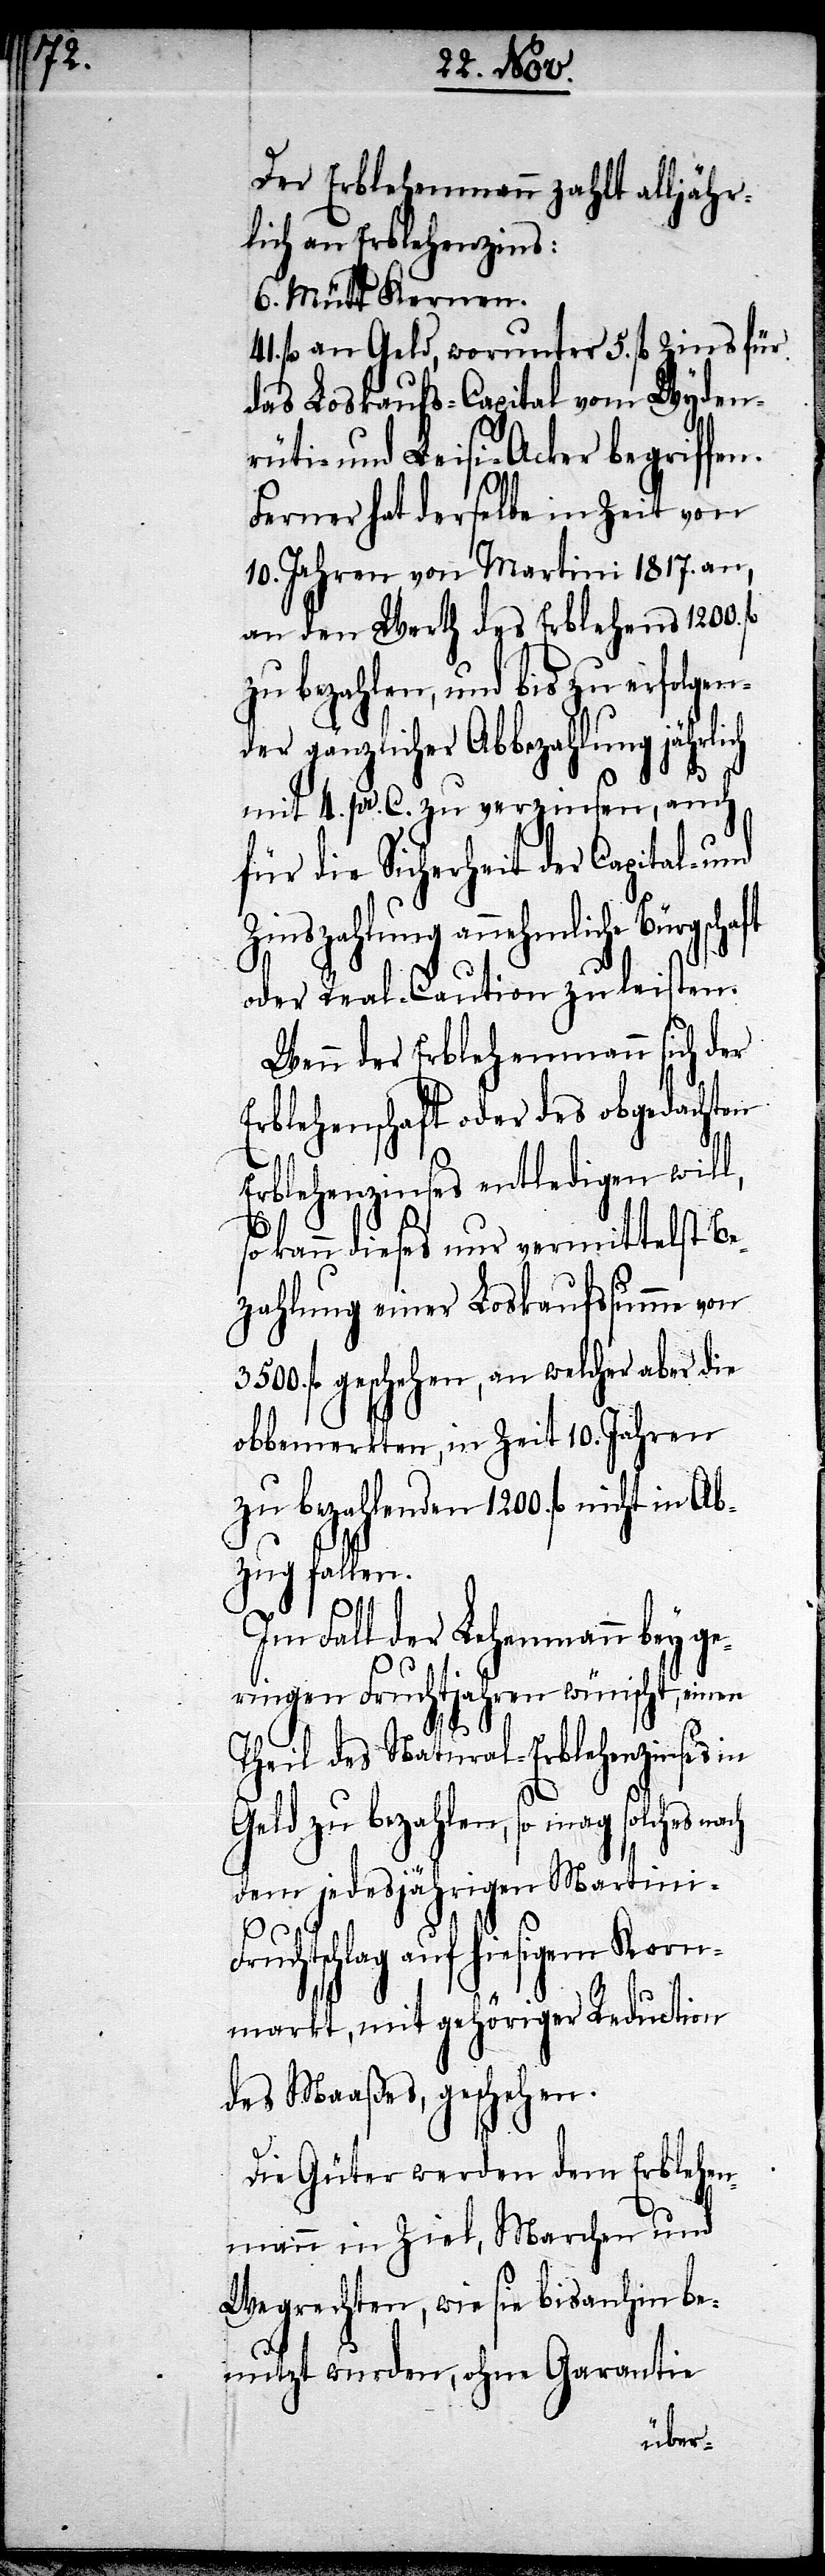
41.

Der Erblehenmann zahlt alljähr¬
lich an Erblehenzins:
6. Mütt Kernen.
fl. an Geld, worunter 5. fl. Zins für
das Loskaufs-Capital vom Wyden¬
und die Leisi-Acker begriffen.
Ferner hat derselbe in Zeit von
10. Jahren von Martini 1817. an,
an den Werth des Erblehens 1200.
zu bezahlen, und bis zu erfolgen¬
der gänzlicher Abbezahlung jährlich
mit 4. pr. C. zu verzinsen, auch
für die Sicherheit der Capital- und
Zinszahlung annehmliche Bürgschaft
oder Real-Caution zu leisten.
Wenn der Erblehenmann sich der
Erblehenschaft oder des obgedachten
Erblehenzinses entledigen will,
so kann dieses nur vermittelst Be¬
zahlung eines Loskaufsmme von
fl. geschehen, an welcher aber die
obbemerkten, in Zeit 10. Jahren
zu bezahlenden 1200. fl. nicht in Ab¬
zug fallen.
i-Fru¬
Im Fall der Lehenmann bey ge¬
ringen Fruchtjahren wünscht, einen
Theil des Natural-Erblehenzinses
Geld zu bezahlen, so mag
dem jedesjährigen Martin¬
chtschlag auf hiesigem Korn¬
markt, mit gehöriger Reduction
des Maaßes, geschehen.
Die Güter werden dem Erblehen¬
mann in Ziel, Marchen und
Wegrechten, wie sie bisanhin be¬
nutzt werden, ohne Garantie